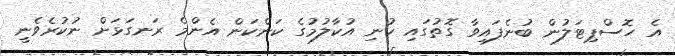
އެ ހޮސްޕިޓަލުން ބުނެފައިވާ ގޮތުގައި ކުނި އުކާލުމުގެ ކަންކަން އެންމެ ރަނގަޅަށް ނުކުރެވެނީ